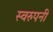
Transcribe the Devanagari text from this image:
स्वरुपनी